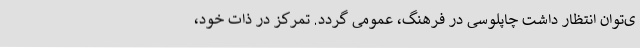
ی‌توان انتظار داشت چاپلوسی در فرهنگ، عمومی گردد. تمرکز در ذات خود،